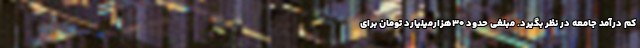
کم درآمد جامعه در نظر بگیرد. مبلغی حدود ۳۰هزارمیلیارد تومان برای